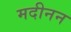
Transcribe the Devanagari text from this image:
मदीनन